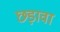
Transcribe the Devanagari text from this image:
छड़ावा